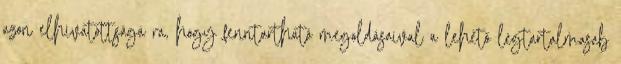
azon elhivatottságá ra, hogy fenntartható megoldásaival a lehető legtartalmasab